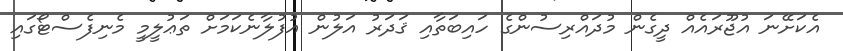
އެކަށޭނަ އުޖޫރައެއް ދީގެން މުދައްރިސުންގެ ހައިބަތާއި ޤަދަރު އަލުން އުފުލާނެކަމަށް ތަޢުލީމީ މެނިފެސްޓޯގައި